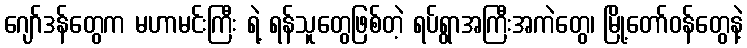
ဂျော်ဒန်တွေက မဟာမင်းကြီး ရဲ့ ရန်သူတွေဖြစ်တဲ့ ရပ်ရွာအကြီးအကဲတွေ၊ မြို့တော်ဝန်တွေနဲ့